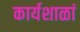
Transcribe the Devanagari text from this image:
कार्यशाळां